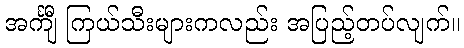
အင်္ကျီ ကြယ်သီးများကလည်း အပြည့်တပ်လျက်။